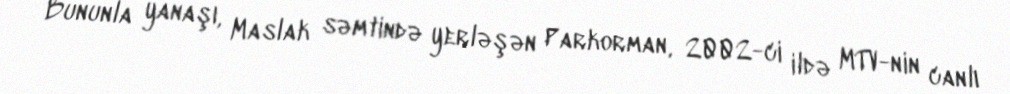
Bununla yanaşı, Maslak səmtində yerləşən Parkorman, 2002-ci ildə MTV-nin canlı